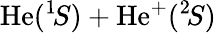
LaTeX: \mathrm{He}(^{1}\! S)+\mathrm{He}^{+}(^{2}\! S)